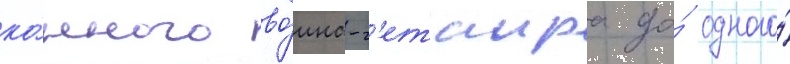
ко́нного во́ина-г'етаира до́ одного́